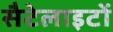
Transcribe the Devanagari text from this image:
सैटेलाइटों